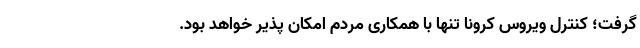
گرفت؛ کنترل ویروس کرونا تنها با همکاری مردم امکان پذیر خواهد بود.